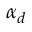
\alpha _ { d }